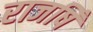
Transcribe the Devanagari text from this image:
राजषिँ